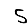
Digit: 5